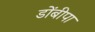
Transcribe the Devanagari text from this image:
डोंबीपा